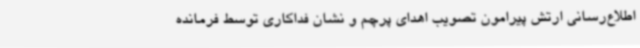
اطلاع‌رسانی ارتش پیرامون تصویب اهدای پرچم و نشان فداکاری توسط فرمانده